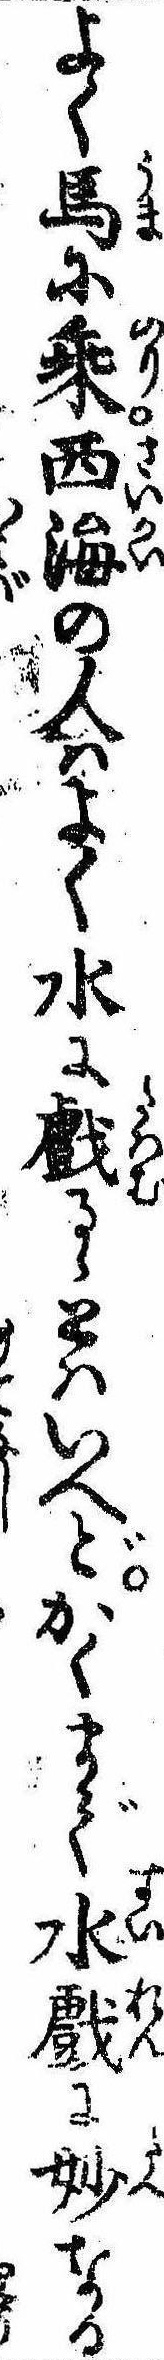
よく馬に乗西海の人はよく水に戯るゝとはいへどかくまで水戯に妙なる